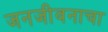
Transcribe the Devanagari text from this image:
जनजीवनाचा